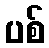
ပစ်